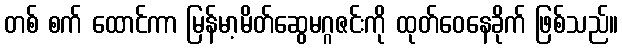
တစ် စက် ထောင်ကာ မြန်မာ့မိတ်ဆွေမဂ္ဂဇင်းကို ထုတ်ဝေနေခိုက် ဖြစ်သည်။